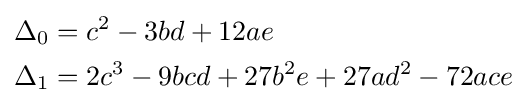
{\begin{aligned}\Delta _{0}&=c^{2}-3bd+12ae\\\Delta _{1}&=2c^{3}-9bcd+27b^{2}e+27ad^{2}-72ace\end{aligned}}